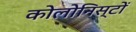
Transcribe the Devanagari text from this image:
कोलोनिस्टों